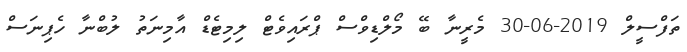
ތަފްސީލް 2019-06-30 މެރީނާ ބޭ މޯލްޑިވްސް ޕްރައިވެޓް ލިމިޓެޑް އާމިނަތު ލުބްނާ ހެޕިނަސް